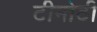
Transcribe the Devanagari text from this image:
टीमोठी